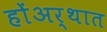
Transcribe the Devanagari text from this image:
होंअर्थात